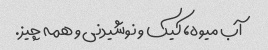
آب میوه، کیک و نوشیدنی و همه چیز.